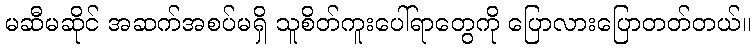
မဆီမဆိုင် အဆက်အစပ်မရှိ သူစိတ်ကူးပေါ်ရာတွေကို ပြောလားပြောတတ်တယ်။